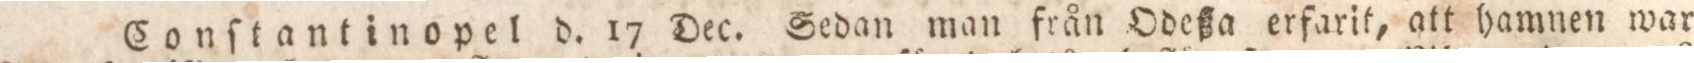
Conſtantinopel d. 17 Dec. Sedan man från Odeßa erfarit, att hamnen war